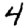
Digit: 4